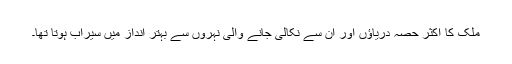
ملک کا اکثر حصہ دریاؤں اور اُن سے نکالی جانے والی نہروں سے بہتر انداز میں سیراب ہوتا تھا۔